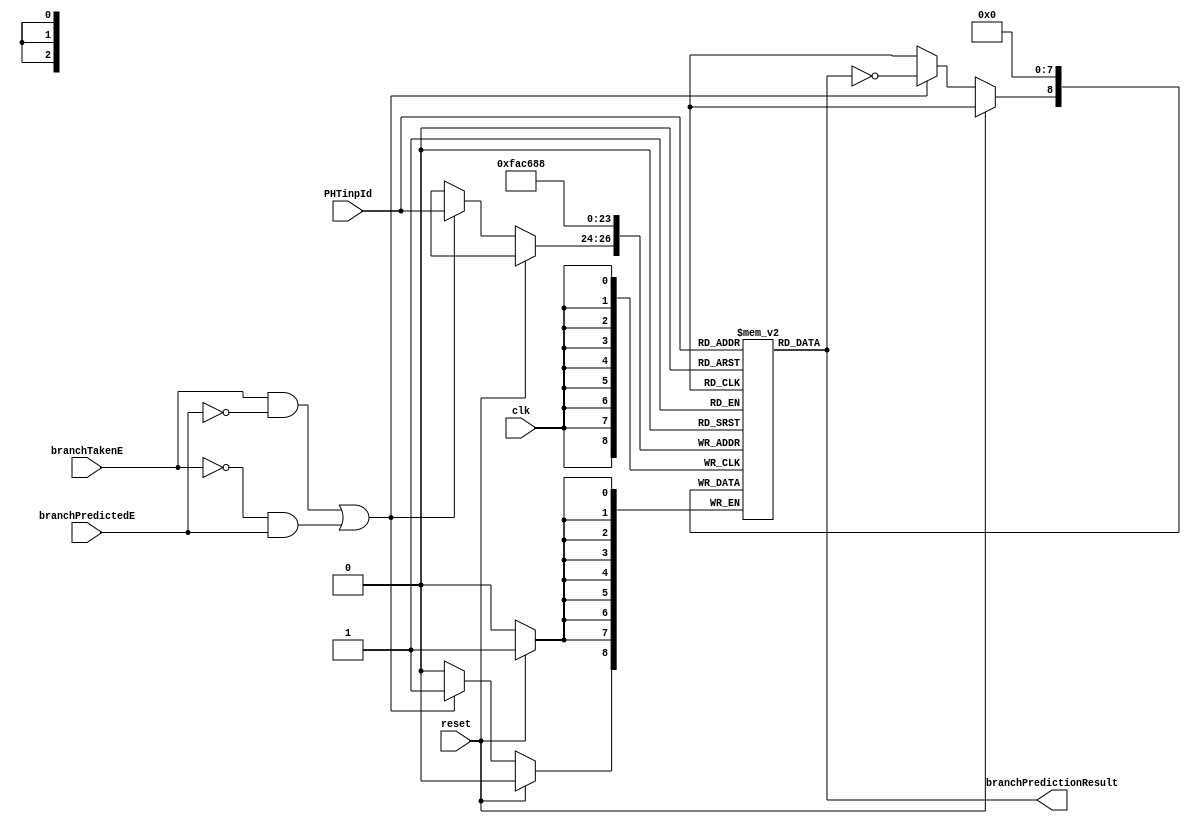
module PHT
	(
		input clk,
		input reset,
		input [2:0] PHTinpId,
		input [0:0] branchTakenE,
		input [0:0] branchPredictedE,
		output branchPredictionResult
	);

	reg [0:0] PHT_index [7:0];
	assign branchPredictionResult = PHT_index[PHTinpId];

	always @(negedge clk)
		begin
			
			if (reset == 1)
				begin
					PHT_index[0] <= 0;
					PHT_index[1] <= 0;
					PHT_index[2] <= 0;
					PHT_index[3] <= 0;
					PHT_index[4] <= 0;
					PHT_index[5] <= 0;
					PHT_index[6] <= 0;
					PHT_index[7] <= 0;
				end
			else if ((branchTakenE == 1 && branchPredictedE == 0) || (branchTakenE == 0 && branchPredictedE == 1))   //WRONG PREDICTION
				begin
					PHT_index[PHTinpId] <= ~PHT_index[PHTinpId];
				end
		end
endmodule